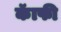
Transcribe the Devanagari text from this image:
कॅाफी